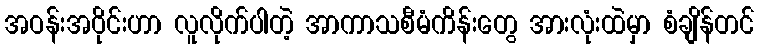
အဝန်းအဝိုင်းဟာ လူလိုက်ပါတဲ့ အာကာသစီမံကိန်းတွေ အားလုံးထဲမှာ စံချိန်တင်